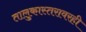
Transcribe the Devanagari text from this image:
तालुकास्तरावरही